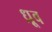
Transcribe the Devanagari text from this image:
ध्र्रूव